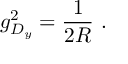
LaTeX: g _ { D _ { y } } ^ { 2 } = \frac { 1 } { 2 R } \ .